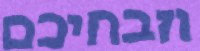
וזבחיכם